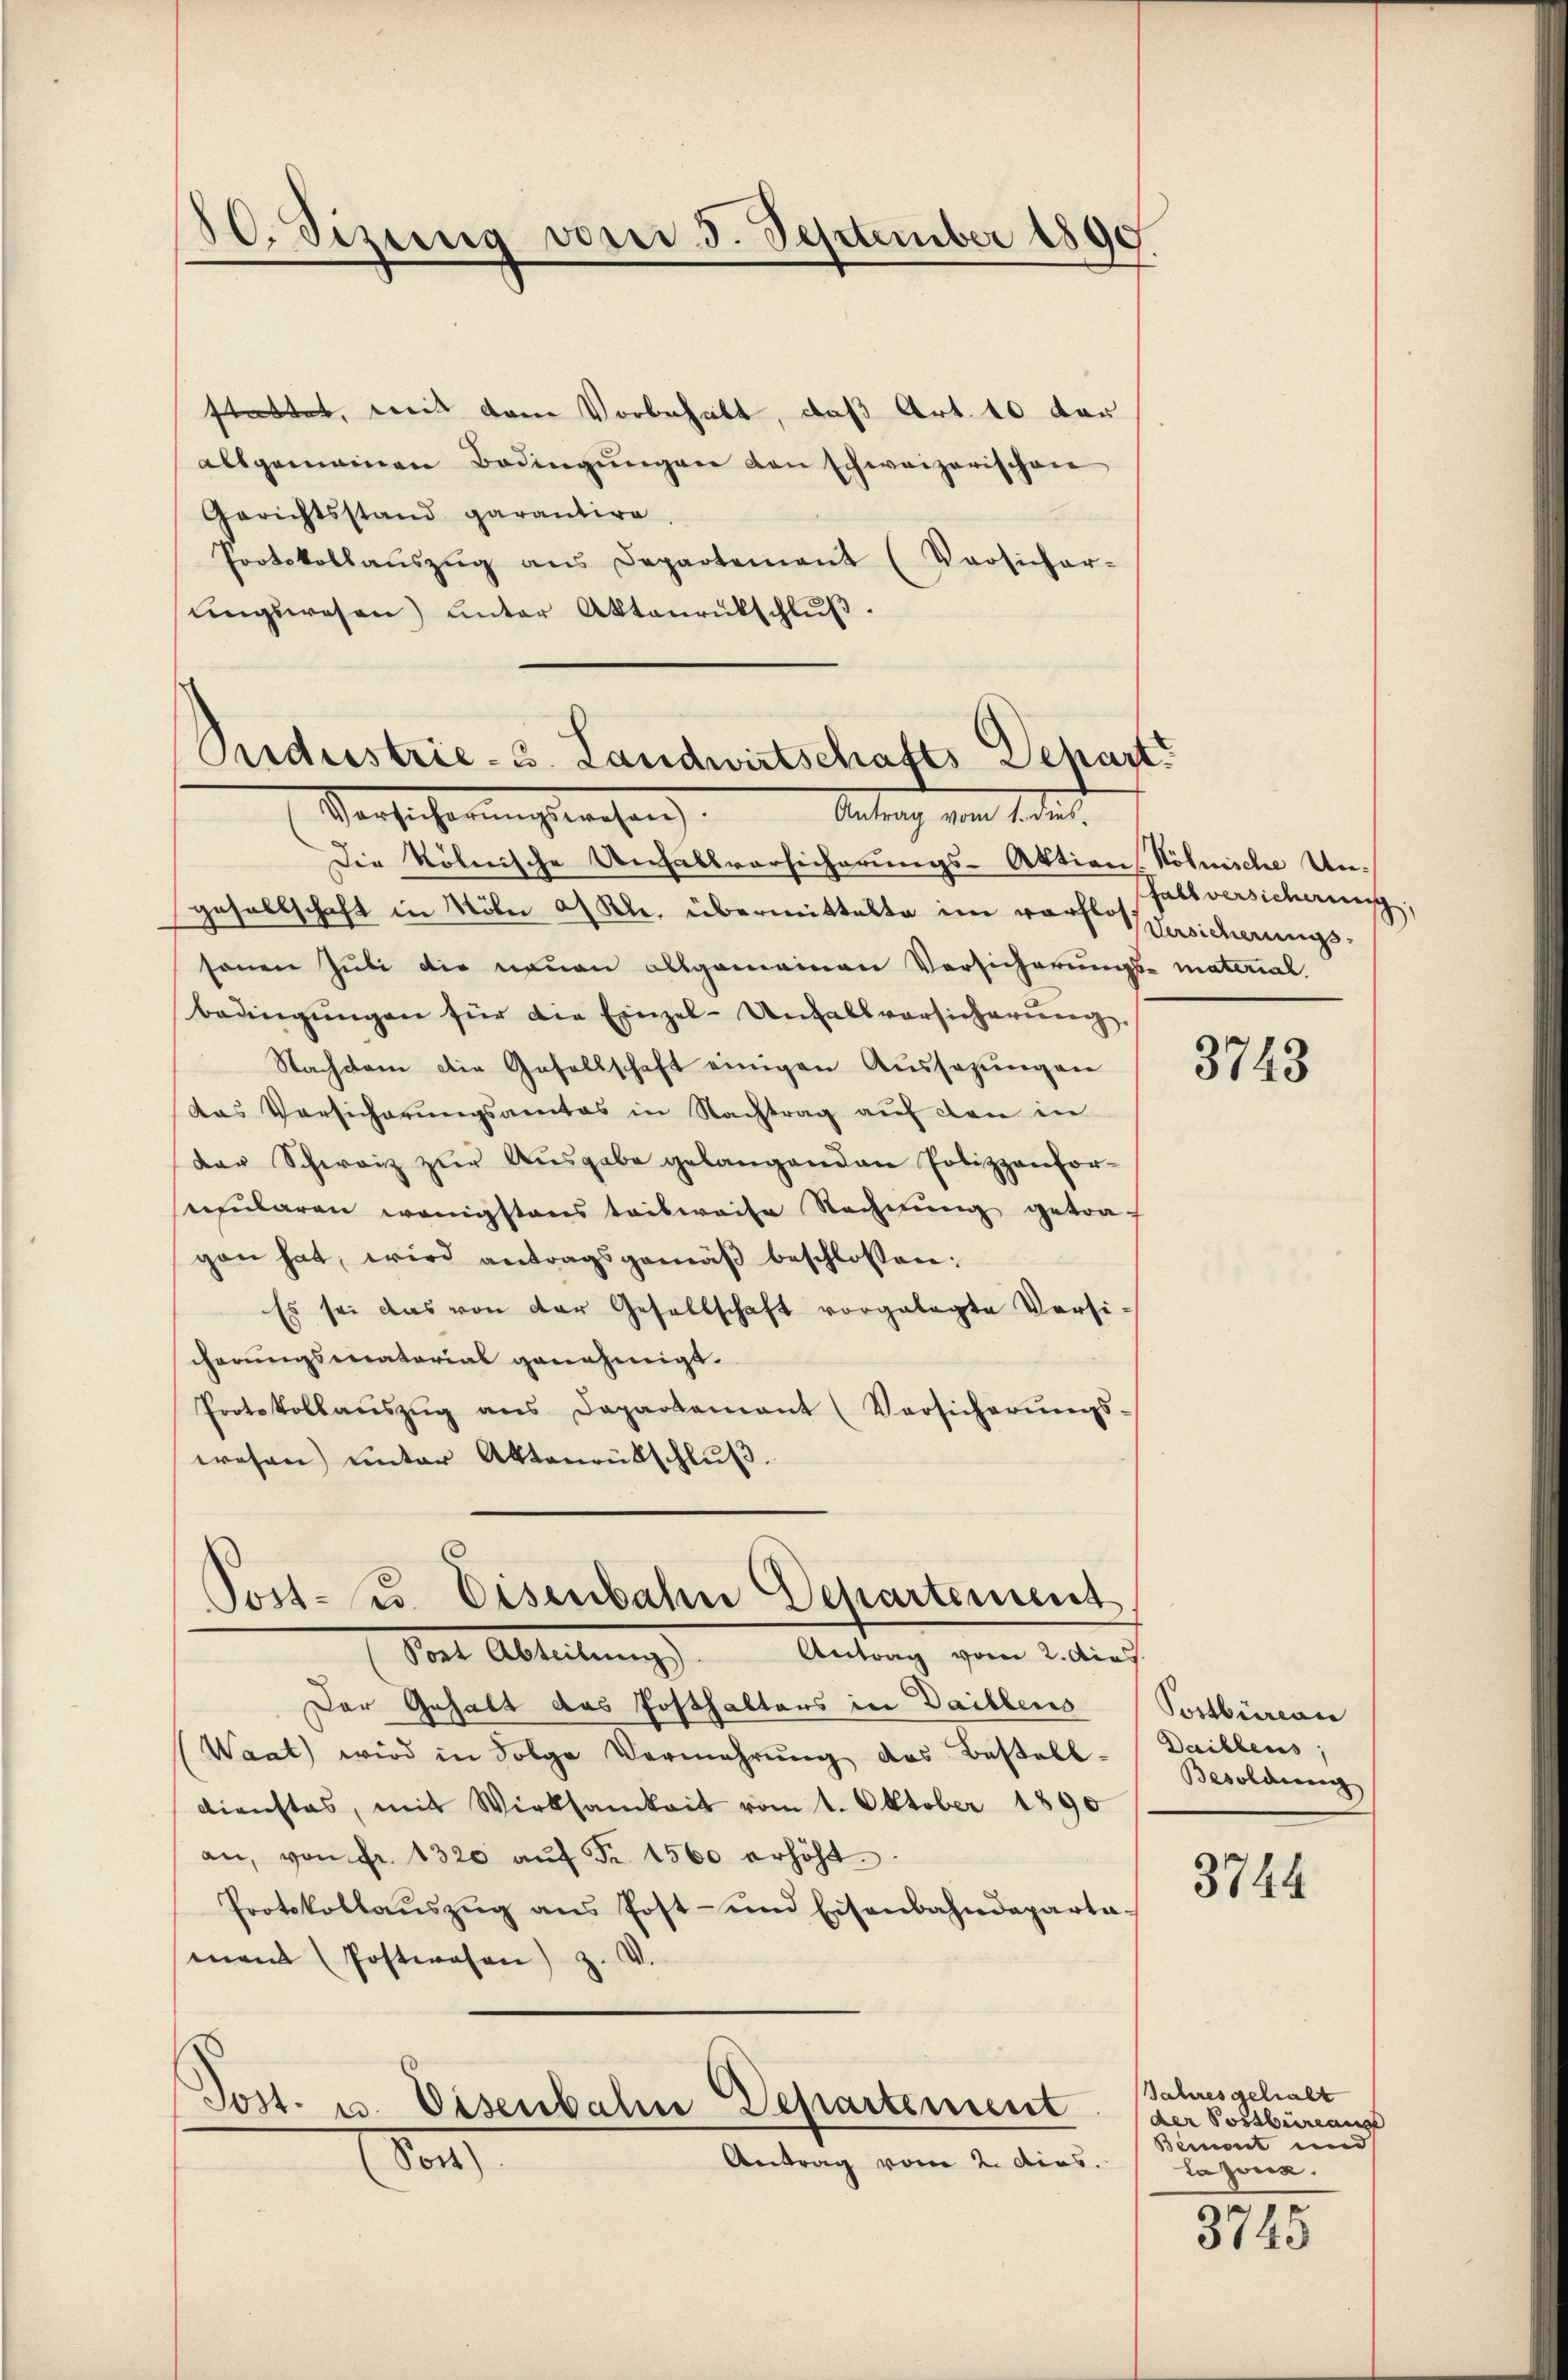
80. Sizung vom 3. September 1890

stattet, mit dem Vorbehalt, daß Art. 10 der
allgemeinen Bedingŭngen den schweizerischen
Gerichtsstand garantire.
Protokollaŭszŭg ans Departement (Vorsicher-
ŭngswesen) unter Aktenrückschlŭβ:

Seedrestrie- 3. Landwirtschafts Depart
Versicherungsrechen
Antrag von Tode d.

Post- u. Eisenbahn Departement
Post Abteilŭng. Antrag vom 2. dies

Die kölnische Anfallvorsicherungs-Aktion Kölnische Ungesellschaft in Nole a. Rh. übermittelte im vor Versicherungssonen Juli die neuen allgemeinen Versicherungs material-
bedingungen für die Einzel-Unfallvorsicherung.
Nachdem die Gesellschaft einigen Aussagungen
das Versicherungsamtes in Nachtrag auf den in
der Schwarz zŭr Aŭsgabe gelangenden Polizzanfor-
secularen wenigstens teilweise Rechnŭng getraf
gen hat, wird antragsgemäß beschlossen:
Es sei das von der Gesellschaft vorgelegte Versi-
scherungsmatorial genehmigt.
Protokollaŭszŭg ans Departement (Versicherŭngs-
wesen) unter Aktenrütschluß.

Der Gehalt das Posthalters in Daillens
(Waat wird in Folge Vermehrŭng des Bestell-
dienstes, mit Wirksamkeit vom 1. Oktober 1890
an, von Fr. 1320 aŭf Fr. 1560 erhöht.
Protokollaŭszŭg ans Post- und Eisenbahndeparta-
mant (Postwesen) z. V.

Post- u. Eisenbahn Departement
Antrag vom 2. dies.
don

fall versicherung,

3748

Postbüreau
Daillens,
Besoldung

3744

Jahres gehalt
der Postbüreaus
Bemont und
tagung.

3745